38_143685_box_Incident_Summaries_173-233
Agency: Department of War
Page 64
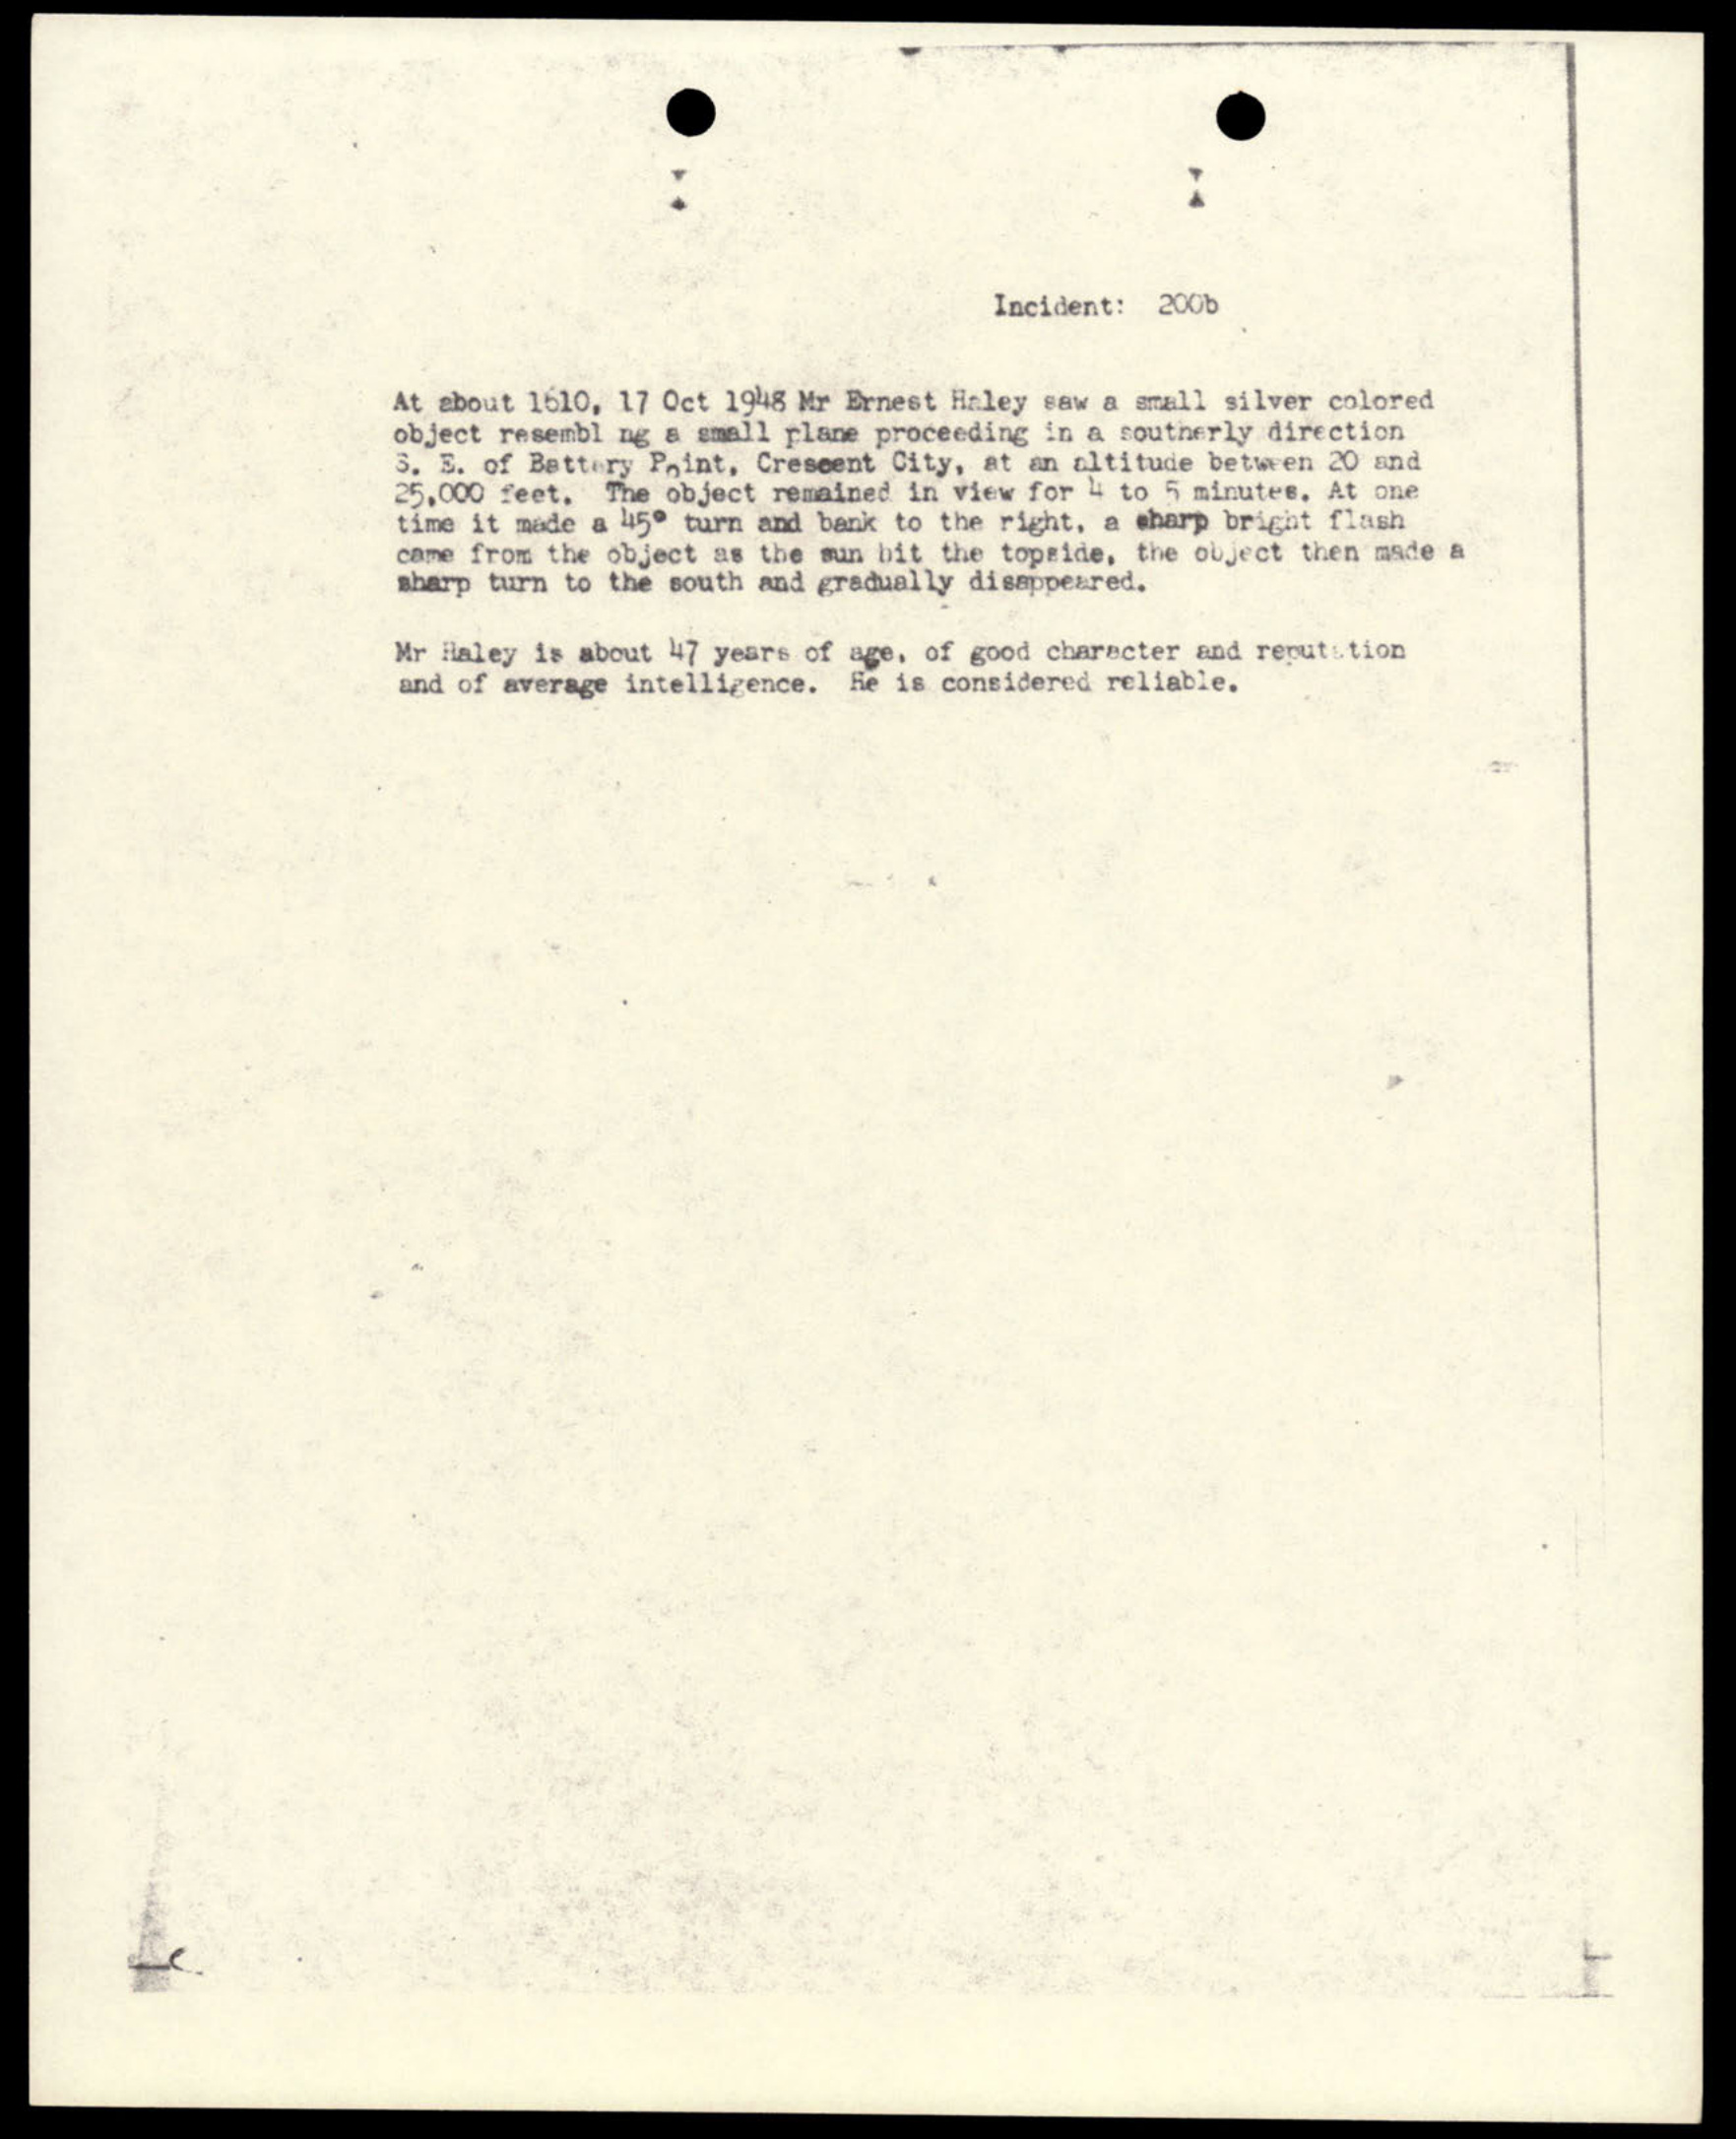